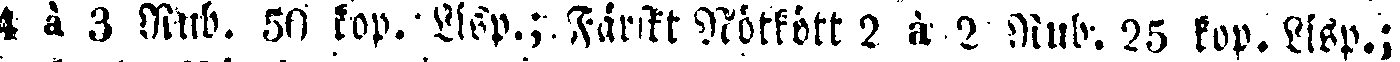
à 3 Rub. 50 kop. Lisp.; Färskt Nötkött 2 à 2 Rub. 26 kop. Lisp.;